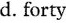
d. forty